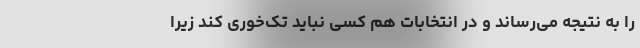
را به نتیجه می‌رساند و در انتخابات هم کسی نباید تک‌خوری کند زیرا